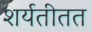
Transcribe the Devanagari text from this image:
शर्यतीतत